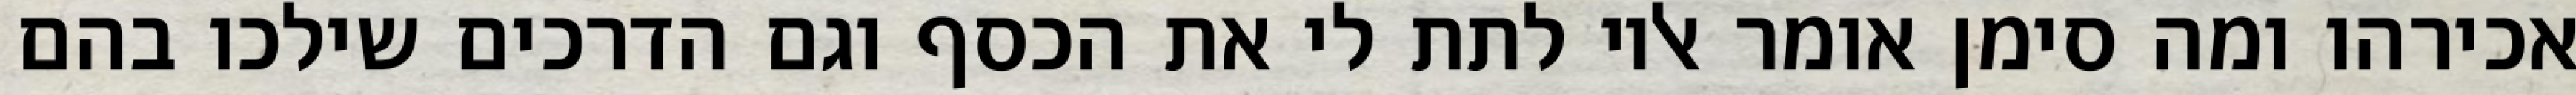
אכירהו ומה סימן אומר אליו לתת לי את הכסף וגם הדרכים שילכו בהם